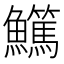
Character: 𩽖